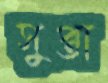
সুপ্তা